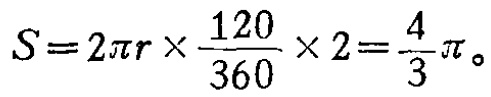
\(S = 2\pi r\times\frac{120}{360}\times 2=\frac{4}{3}\pi。\)